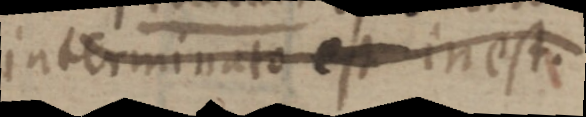
interminato est in est.